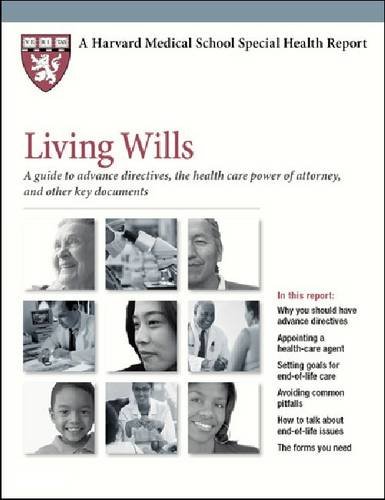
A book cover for Harvard Medical School Living Wills: A guide to advance directives, health care power of attorney, and other key documents (Harvard Medical School Special Health Reports); Anne Fabiny MD; Law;